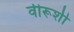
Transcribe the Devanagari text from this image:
वीरूशी